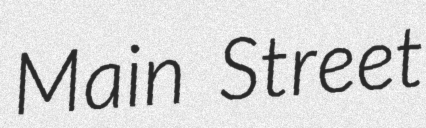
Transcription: Main Street